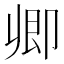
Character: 𠨞